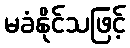
မခံနိုင်သဖြင့်